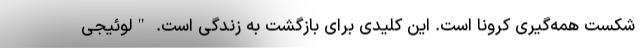
شکست همه‌گیری کرونا است. این کلیدی برای بازگشت به زندگی است. "لوئیجی